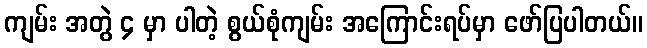
ကျမ်း အတွဲ ၄ မှာ ပါတဲ့ စွယ်စုံကျမ်း အကြောင်းရပ်မှာ ဖော်ပြပါတယ်။